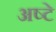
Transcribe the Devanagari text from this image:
अष्टे